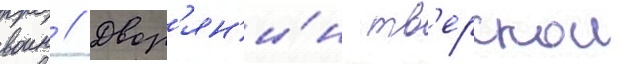
воин // Двор'ян'и́н тв'ерскои